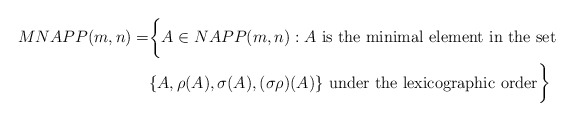
\begin{align*}MNAPP(m,n) = &\biggl\{ A \in NAPP(m,n) : A \mbox{ is the minimal element in the set } \\ &\{ A, \rho(A), \sigma(A), (\sigma\rho)(A) \} \mbox{ under the lexicographic order}\biggr\}\end{align*}